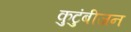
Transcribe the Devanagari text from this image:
कुटुंबीजन